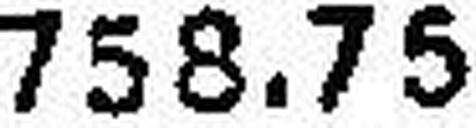
758.75